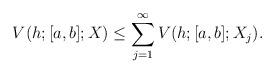
LaTeX: \begin{align*}V(h;[a,b];X) \leq \sum_{j=1}^\infty V(h;[a,b];X_j).\end{align*}